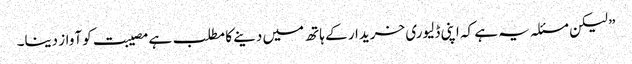
” لیکن مسئلہ یہ ہے کہ اپنی ڈلیوری خریدار کے ہاتھ میں دینے کا مطلب ہے مصیبت کو آواز دینا۔